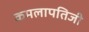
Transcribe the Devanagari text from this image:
कमलापतिजी